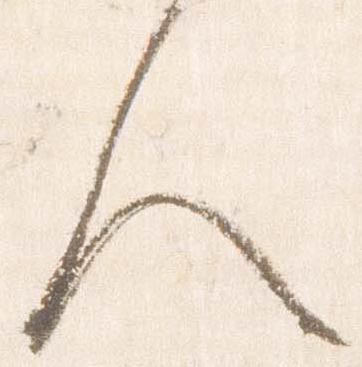
人